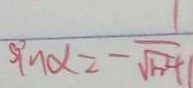
\sin \alpha = - \frac { 1 } { \sqrt { 1 2 4 } }